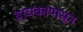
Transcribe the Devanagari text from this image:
वाचकांपासून